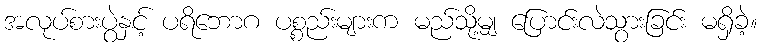
အလုပ်စားပွဲနှင့် ပရိဘောဂ ပစ္စည်းများက မည်သို့မျှ ပြောင်းလဲသွားခြင်း မရှိခဲ့။